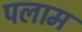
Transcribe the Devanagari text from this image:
पलाम